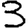
Digit: 3